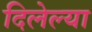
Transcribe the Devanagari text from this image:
दिलेल्‍या